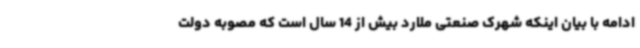
ادامه با بیان اینکه شهرک صنعتی ملارد بیش از 14 سال است که مصوبه دولت